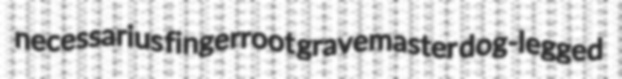
necessarius fingerroot gravemaster dog-legged